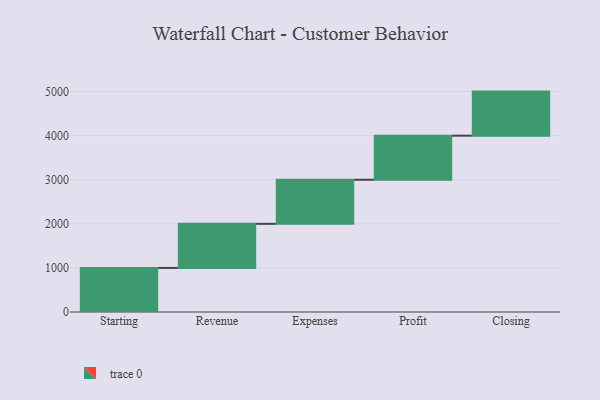
{"axis": {"x": "Step", "y": "Value"}, "legend": [""], "data": [{"x": "Starting", "y": 1000, "type": ""}, {"x": "Revenue", "y": 1000, "type": ""}, {"x": "Expenses", "y": 1000, "type": ""}, {"x": "Profit", "y": 1000, "type": ""}, {"x": "Closing", "y": 1000, "type": ""}]}